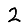
Digit: 2